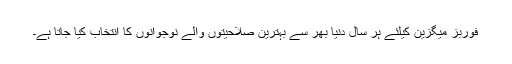
فوربز میگزین کیلئے ہر سال دنیا بھر سے بہترین صلاحیتوں والے نوجوانوں کا انتخاب کیا جاتا ہے۔